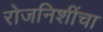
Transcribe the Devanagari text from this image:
रोजनिशींचा